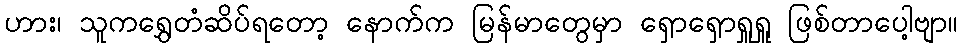
ဟား၊ သူကရွှေတံဆိပ်ရတော့ နောက်က မြန်မာတွေမှာ ရှောရှောရှူရှူ ဖြစ်တာပေါ့ဗျာ။